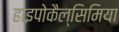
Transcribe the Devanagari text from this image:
हाइपोकैल्सिमिया